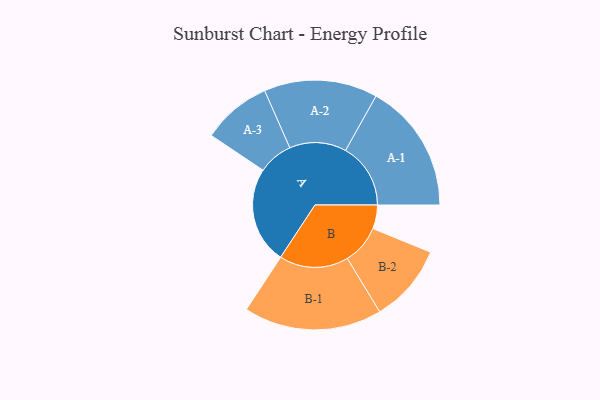
{"axis": {"x": "Segment", "y": "Value"}, "legend": ["", "A", "B"], "data": [{"x": "A", "y": 408, "type": ""}, {"x": "B", "y": 100, "type": ""}, {"x": "A-1", "y": 274, "type": "A"}, {"x": "A-2", "y": 239, "type": "A"}, {"x": "A-3", "y": 146, "type": "A"}, {"x": "B-1", "y": 291, "type": "B"}, {"x": "B-2", "y": 165, "type": "B"}]}